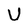
Character: U